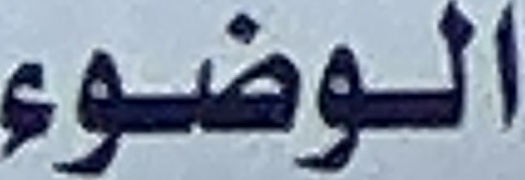
الوضوء